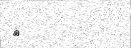
٢